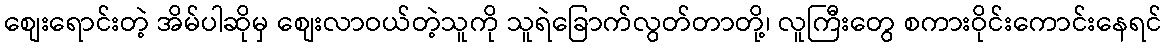
စျေးရောင်းတဲ့ အိမ်ပါဆိုမှ စျေးလာဝယ်တဲ့သူကို သူရဲခြောက်လွတ်တာတို့၊ လူကြီးတွေ စကားဝိုင်းကောင်းနေရင်